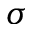
\sigma